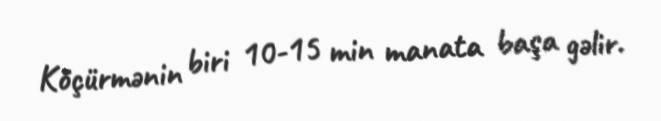
Köçürmənin biri 10-15 min manata başa gəlir.